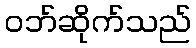
ဝဘ်ဆိုက်သည်